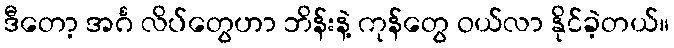
ဒီတော့ အင်္ဂ လိပ်တွေဟာ ဘိန်းနဲ့ ကုန်တွေ ဝယ်လာ နိုင်ခဲ့တယ်။